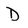
Character: D